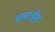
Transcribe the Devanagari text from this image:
लढाईंत